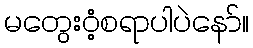
မတွေး၀ံ့စရာပါပဲနော်။